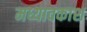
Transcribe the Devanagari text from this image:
मध्यावकाश